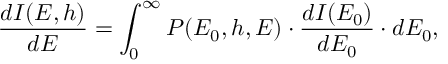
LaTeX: { \frac { d I ( E , h ) } { d E } } = \int _ { 0 } ^ { \infty } P ( E _ { 0 } , h , E ) \cdot { \frac { d I ( E _ { 0 } ) } { d E _ { 0 } } } \cdot d E _ { 0 } ,